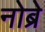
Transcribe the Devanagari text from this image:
नोब्रे